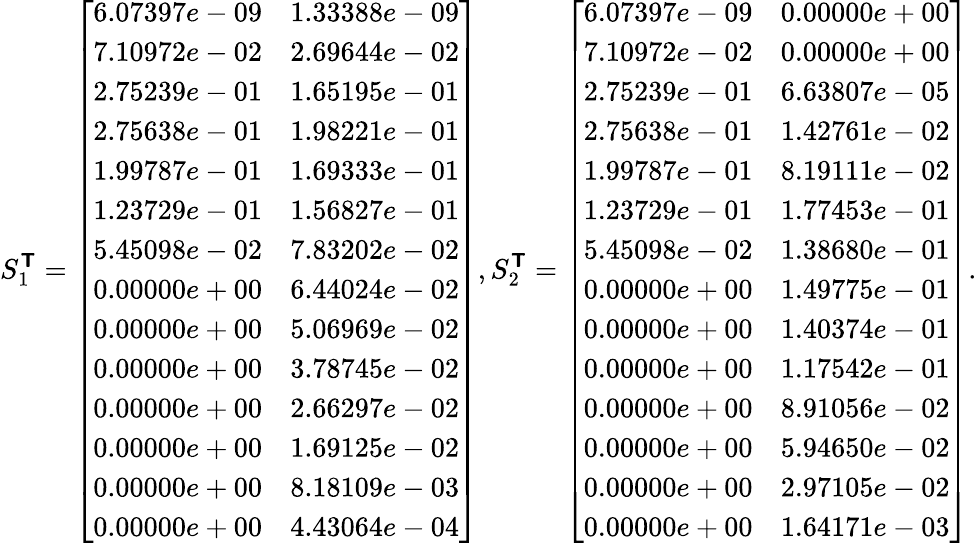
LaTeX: S_{1}^{\boldsymbol{\mathsf{T}}}=\left[\begin{array}{ll}{6.07397e-09}&{1.33388e-09}\\ {7.10972e-02}&{2.69644e-02}\\ {2.75239e-01}&{1.65195e-01}\\ {2.75638e-01}&{1.98221e-01}\\ {1.99787e-01}&{1.69333e-01}\\ {1.23729e-01}&{1.56827e-01}\\ {5.45098e-02}&{7.83202e-02}\\ {0.00000e+00}&{6.44024e-02}\\ {0.00000e+00}&{5.06969e-02}\\ {0.00000e+00}&{3.78745e-02}\\ {0.00000e+00}&{2.66297e-02}\\ {0.00000e+00}&{1.69125e-02}\\ {0.00000e+00}&{8.18109e-03}\\ {0.00000e+00}&{4.43064e-04}\end{array}\right],S_{2}^{\boldsymbol{\mathsf{T}}}=\left[\begin{array}{ll}{6.07397e-09}&{0.00000e+00}\\ {7.10972e-02}&{0.00000e+00}\\ {2.75239e-01}&{6.63807e-05}\\ {2.75638e-01}&{1.42761e-02}\\ {1.99787e-01}&{8.19111e-02}\\ {1.23729e-01}&{1.77453e-01}\\ {5.45098e-02}&{1.38680e-01}\\ {0.00000e+00}&{1.49775e-01}\\ {0.00000e+00}&{1.40374e-01}\\ {0.00000e+00}&{1.17542e-01}\\ {0.00000e+00}&{8.91056e-02}\\ {0.00000e+00}&{5.94650e-02}\\ {0.00000e+00}&{2.97105e-02}\\ {0.00000e+00}&{1.64171e-03}\end{array}\right].